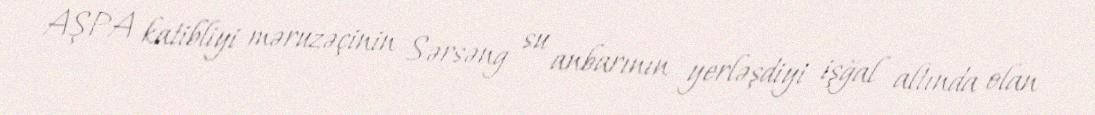
AŞPA katibliyi məruzəçinin Sərsəng su anbarının yerləşdiyi işğal altında olan